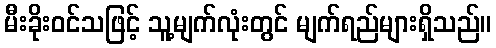
မီးခိုးဝင်သဖြင့် သူ့မျက်လုံးတွင် မျက်ရည်များရှိသည်။